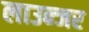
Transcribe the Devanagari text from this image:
लाउन्जर